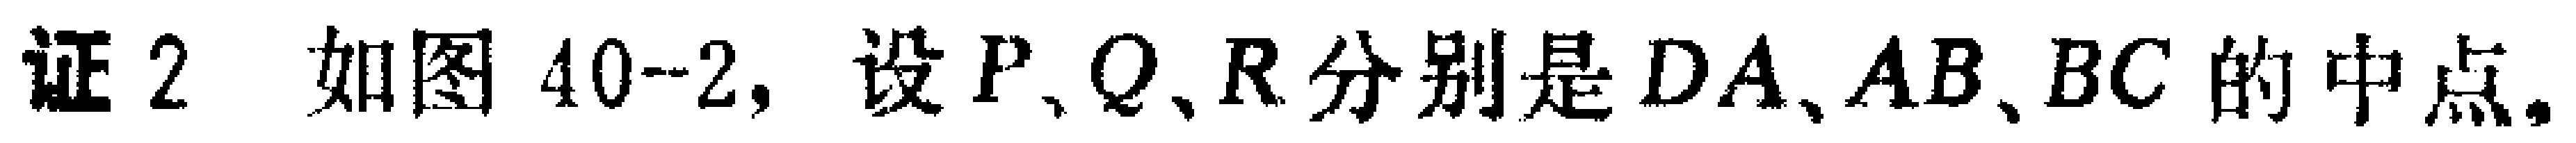
证2. 如图40-2, 设 \(P、Q、R\) 分别是 \(DA、AB、BC\) 的中点.